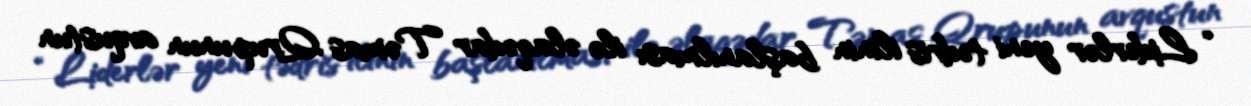
“Liderlər yeni tədris ilinin başlanılması ilə əlaqədar Təmas Qrupunun avqustun